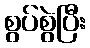
စွပ်စွဲပြီး